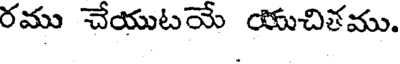
రము చేయుటయే యుచితము.